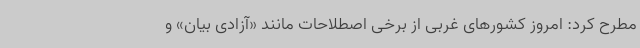
مطرح کرد: امروز کشورهای غربی از برخی اصطلاحات مانند «آزادی بیان» و